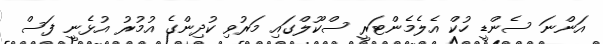
އަންނަ ސެންޑީ ހުކް އެލެމެންޓަރީ ސްކޫލްގައި މަރުވި ކުދިންގެ އުމުރު އުޅެނީ ފަސް